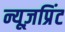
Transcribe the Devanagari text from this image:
न्यूज़प्रिंट